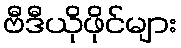
ဗီဒီယိုဖိုင်များ